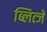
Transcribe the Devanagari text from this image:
ब्लित्जें